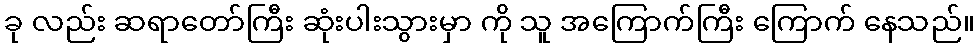
ခု လည်း ဆရာတော်ကြီး ဆုံးပါးသွားမှာ ကို သူ အကြောက်ကြီး ကြောက် နေသည်။